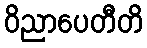
ဝိညာပေတီတိ